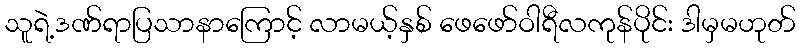
သူရဲ့ဒဏ်ရာပြသာနာကြောင့် လာမယ့်နှစ် ဖေဖော်ဝါရီလကုန်ပိုင်း ဒါမှမဟုတ်